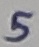
Text: 5